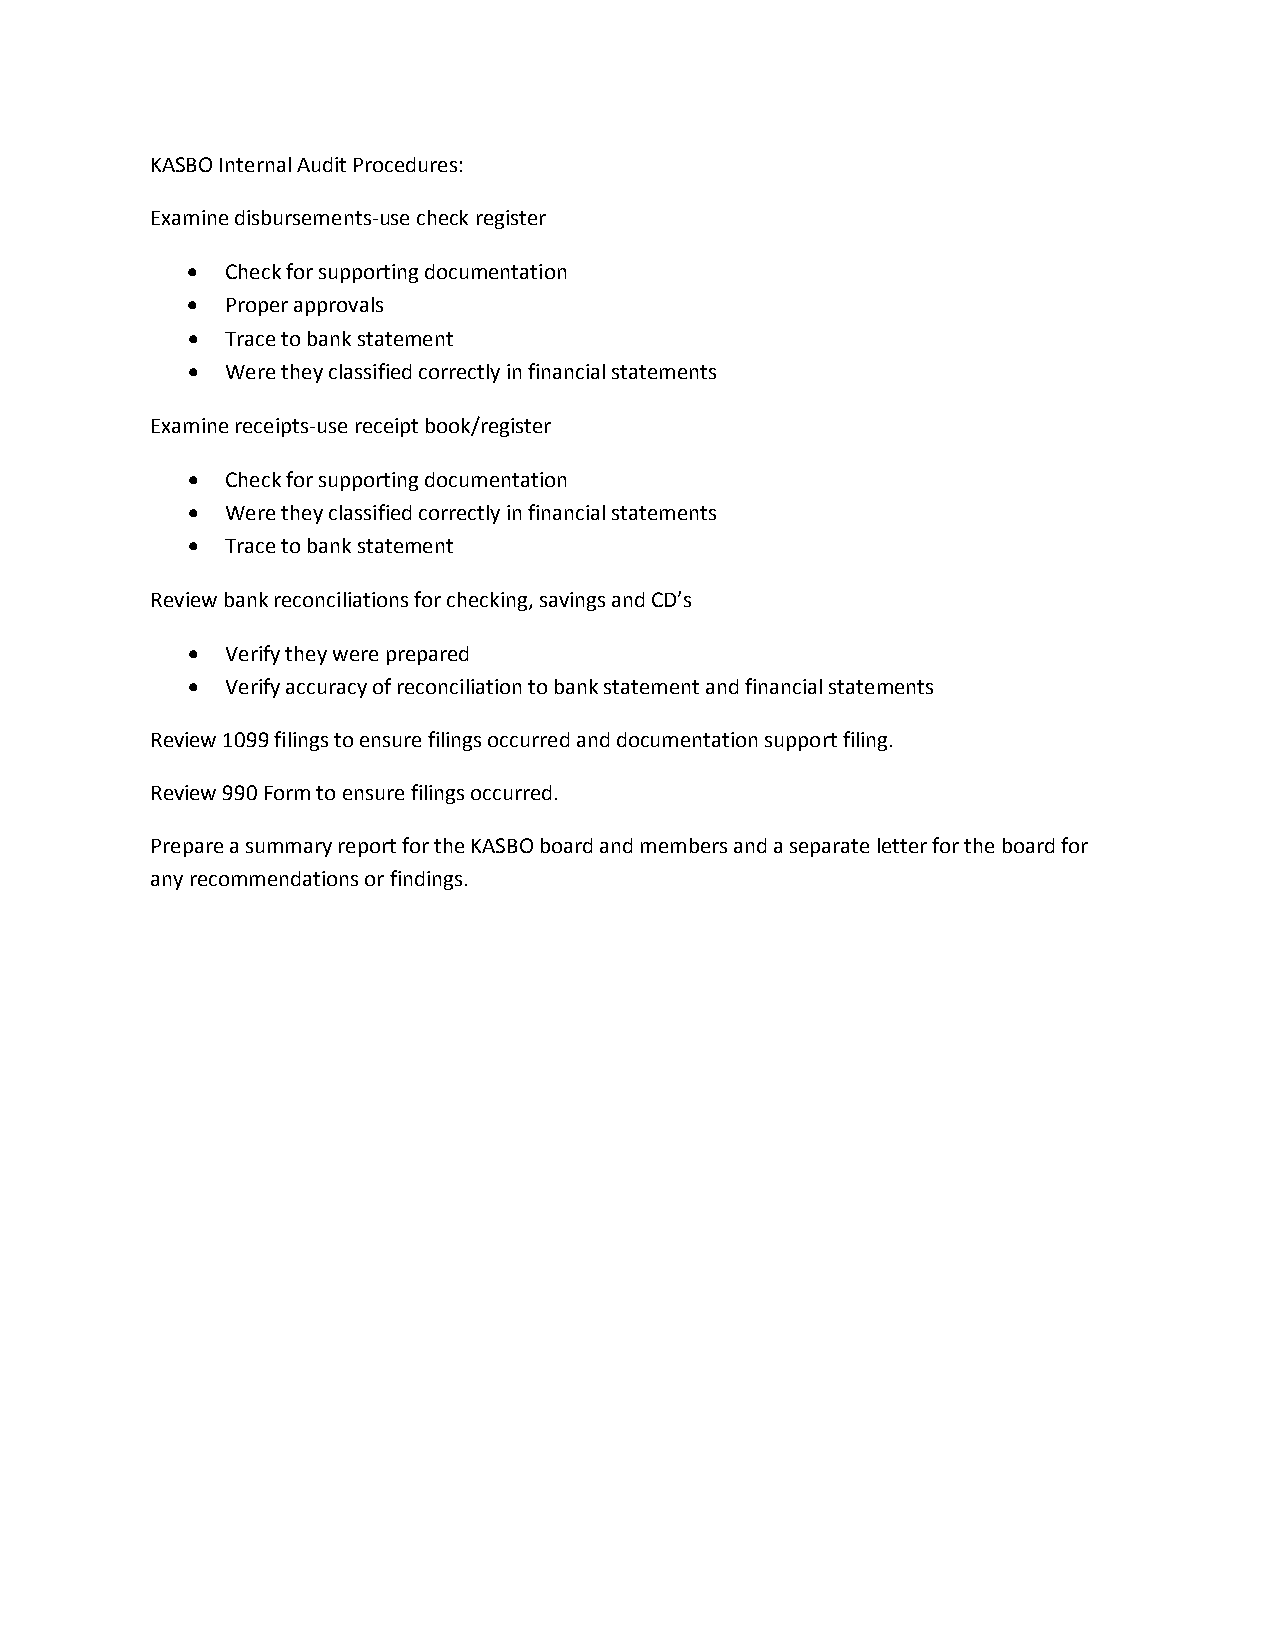
KASBO Internal Audit Procedures:
 Examine disbursements-use check register
 •  Check for supporting documentation
 •  Proper approvals
 •  Trace to bank statement
 •  Were they classified correctly in financial statements
 Examine receipts-use receipt book/register
 •  Check for supporting documentation
 •  Were they classified correctly in financial statements
 •  Trace to bank statement
 Review bank reconciliations for checking, savings and CD’s
 •  Verify they were prepared
 •  Verify accuracy of reconciliation to bank statement and financial statements
 Review 1099 filings to ensure filings occurred and documentation support filing.
 Review 990 Form to ensure filings occurred.
 Prepare a summary report for the KASBO board and members and a separate letter for the board for
 any recommendations or findings.